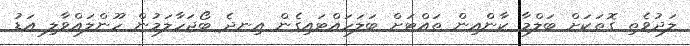
ލަދުވެތި ގޮތަކަށް ބަލްމާ ކާންއިން ތައްޓަށް ބަލަހައްޓައިގެން އިނދެ ބޯޖަހާލަމުން ހޫންލައްވާލި އަޑު